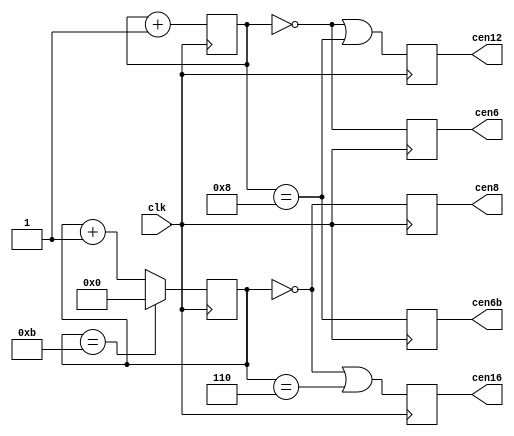
/*  This file is part of JTFRAME.
    JTFRAME program is free software: you can redistribute it and/or modify
    it under the terms of the GNU General Public License as published by
    the Free Software Foundation, either version 3 of the License, or
    (at your option) any later version.

    JTFRAME program is distributed in the hope that it will be useful,
    but WITHOUT ANY WARRANTY; without even the implied warranty of
    MERCHANTABILITY or FITNESS FOR A PARTICULAR PURPOSE.  See the
    GNU General Public License for more details.

    You should have received a copy of the GNU General Public License
    along with JTFRAME.  If not, see <http://www.gnu.org/licenses/>.

    Author: Jose Tejada Gomez. Twitter: @topapate
    Version: 1.0
    Date: 6-12-2019 */

// Input clock must be 96 MHz
// Generates various clock enable signals

module jtframe_cen96(
    input   clk,    // 96 MHz
    output  reg cen16,
    output  reg cen8,
    output  reg cen12,
    output  reg cen6,
    output  reg cen6b
);

reg [3:0] cencnt12 = 4'd0;
reg [3:0] cencnt16 = 4'd0;

always @(posedge clk) begin
    cencnt12 <= cencnt12==4'd11 ? 4'd0 : cencnt12+4'd1;
    cencnt16 <= cencnt16 + 1'd1;
end

always @(posedge clk) begin
    cen16  <= cencnt12 == 4'd0 || cencnt12 == 4'd6;
    cen8   <= cencnt12 == 4'd0;
    cen12  <= cencnt16 == 4'd0 || cencnt16 == 4'd8;
    cen6   <= cencnt16 == 4'd0;
    cen6b  <= cencnt16 == 4'd8;
end
endmodule